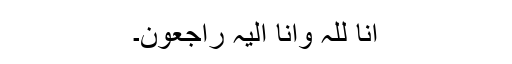
انا للہ وانا الیہ راجعون۔